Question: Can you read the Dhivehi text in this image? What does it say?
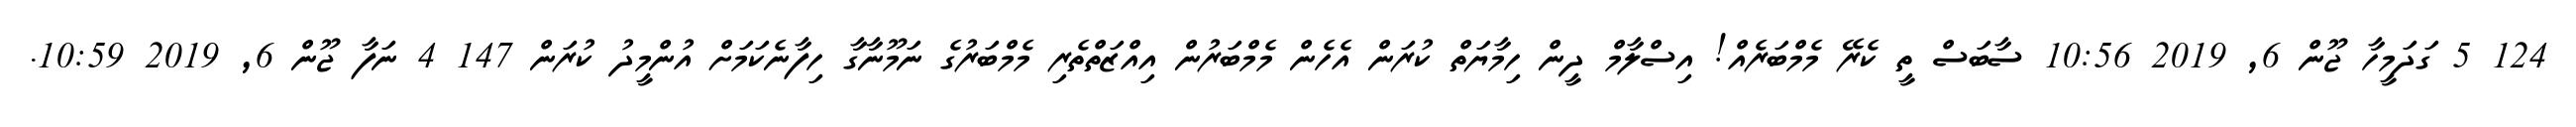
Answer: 124 5 ގަދަމީހާ ޖޫން 6, 2019 10:56 ސާބަސް ތީ ކެރޭ މެމްބަރެއް! އިސްލާމް ދީން ހިމާޔަތް ކުރަން އެހެން މެމްބަރުން އިއްޒަތްތެރި މެމްބަރުގެ ނަމޫނާގާ ހިފާނެކަމަށް އުންމީދު ކުރަން 147 4 ނަފާ ޖޫން 6, 2019 10:59.